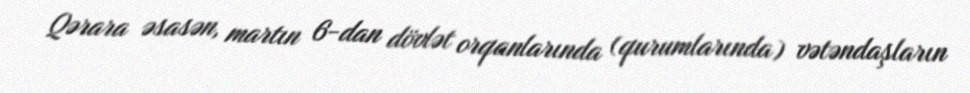
Qərara əsasən, martın 6-dan dövlət orqanlarında (qurumlarında) vətəndaşların